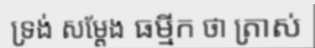
ទ្រង់ សម្តែង ធម្មីក ថា ត្រាស់